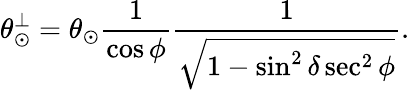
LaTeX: \theta_{\odot}^{\perp}=\theta_{\odot}\frac{1}{\cos\phi}\frac{1}{\sqrt{1-\sin^{2}\delta\sec^{2}\phi}}.